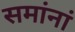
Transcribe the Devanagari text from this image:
समांनां